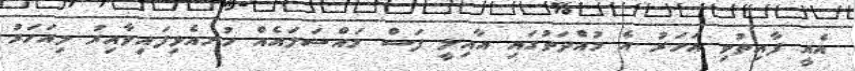
އެއީ ފާއިތުވި އަހަރު އެ މުއްދަތުގައި އާއިލީ ފަސް މައްސަލައެއް ހުށއެޅިފައިވާއިރު މިއަހަރު